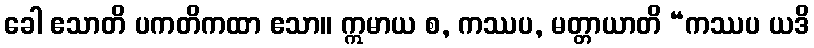
ခေါ ဧသာတိ ပကတိကထာ ဧသာ။ ဣမာယ စ, ကဿပ, မတ္တာယာတိ “ကဿပ ယဒိ